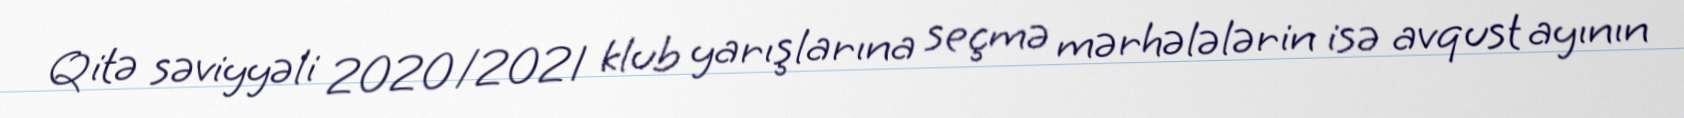
Qitə səviyyəli 2020/2021 klub yarışlarına seçmə mərhələlərin isə avqust ayının